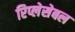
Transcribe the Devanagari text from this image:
रिप्लेसेबल